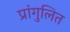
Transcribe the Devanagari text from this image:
प्रांगुलित